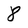
Character: 8